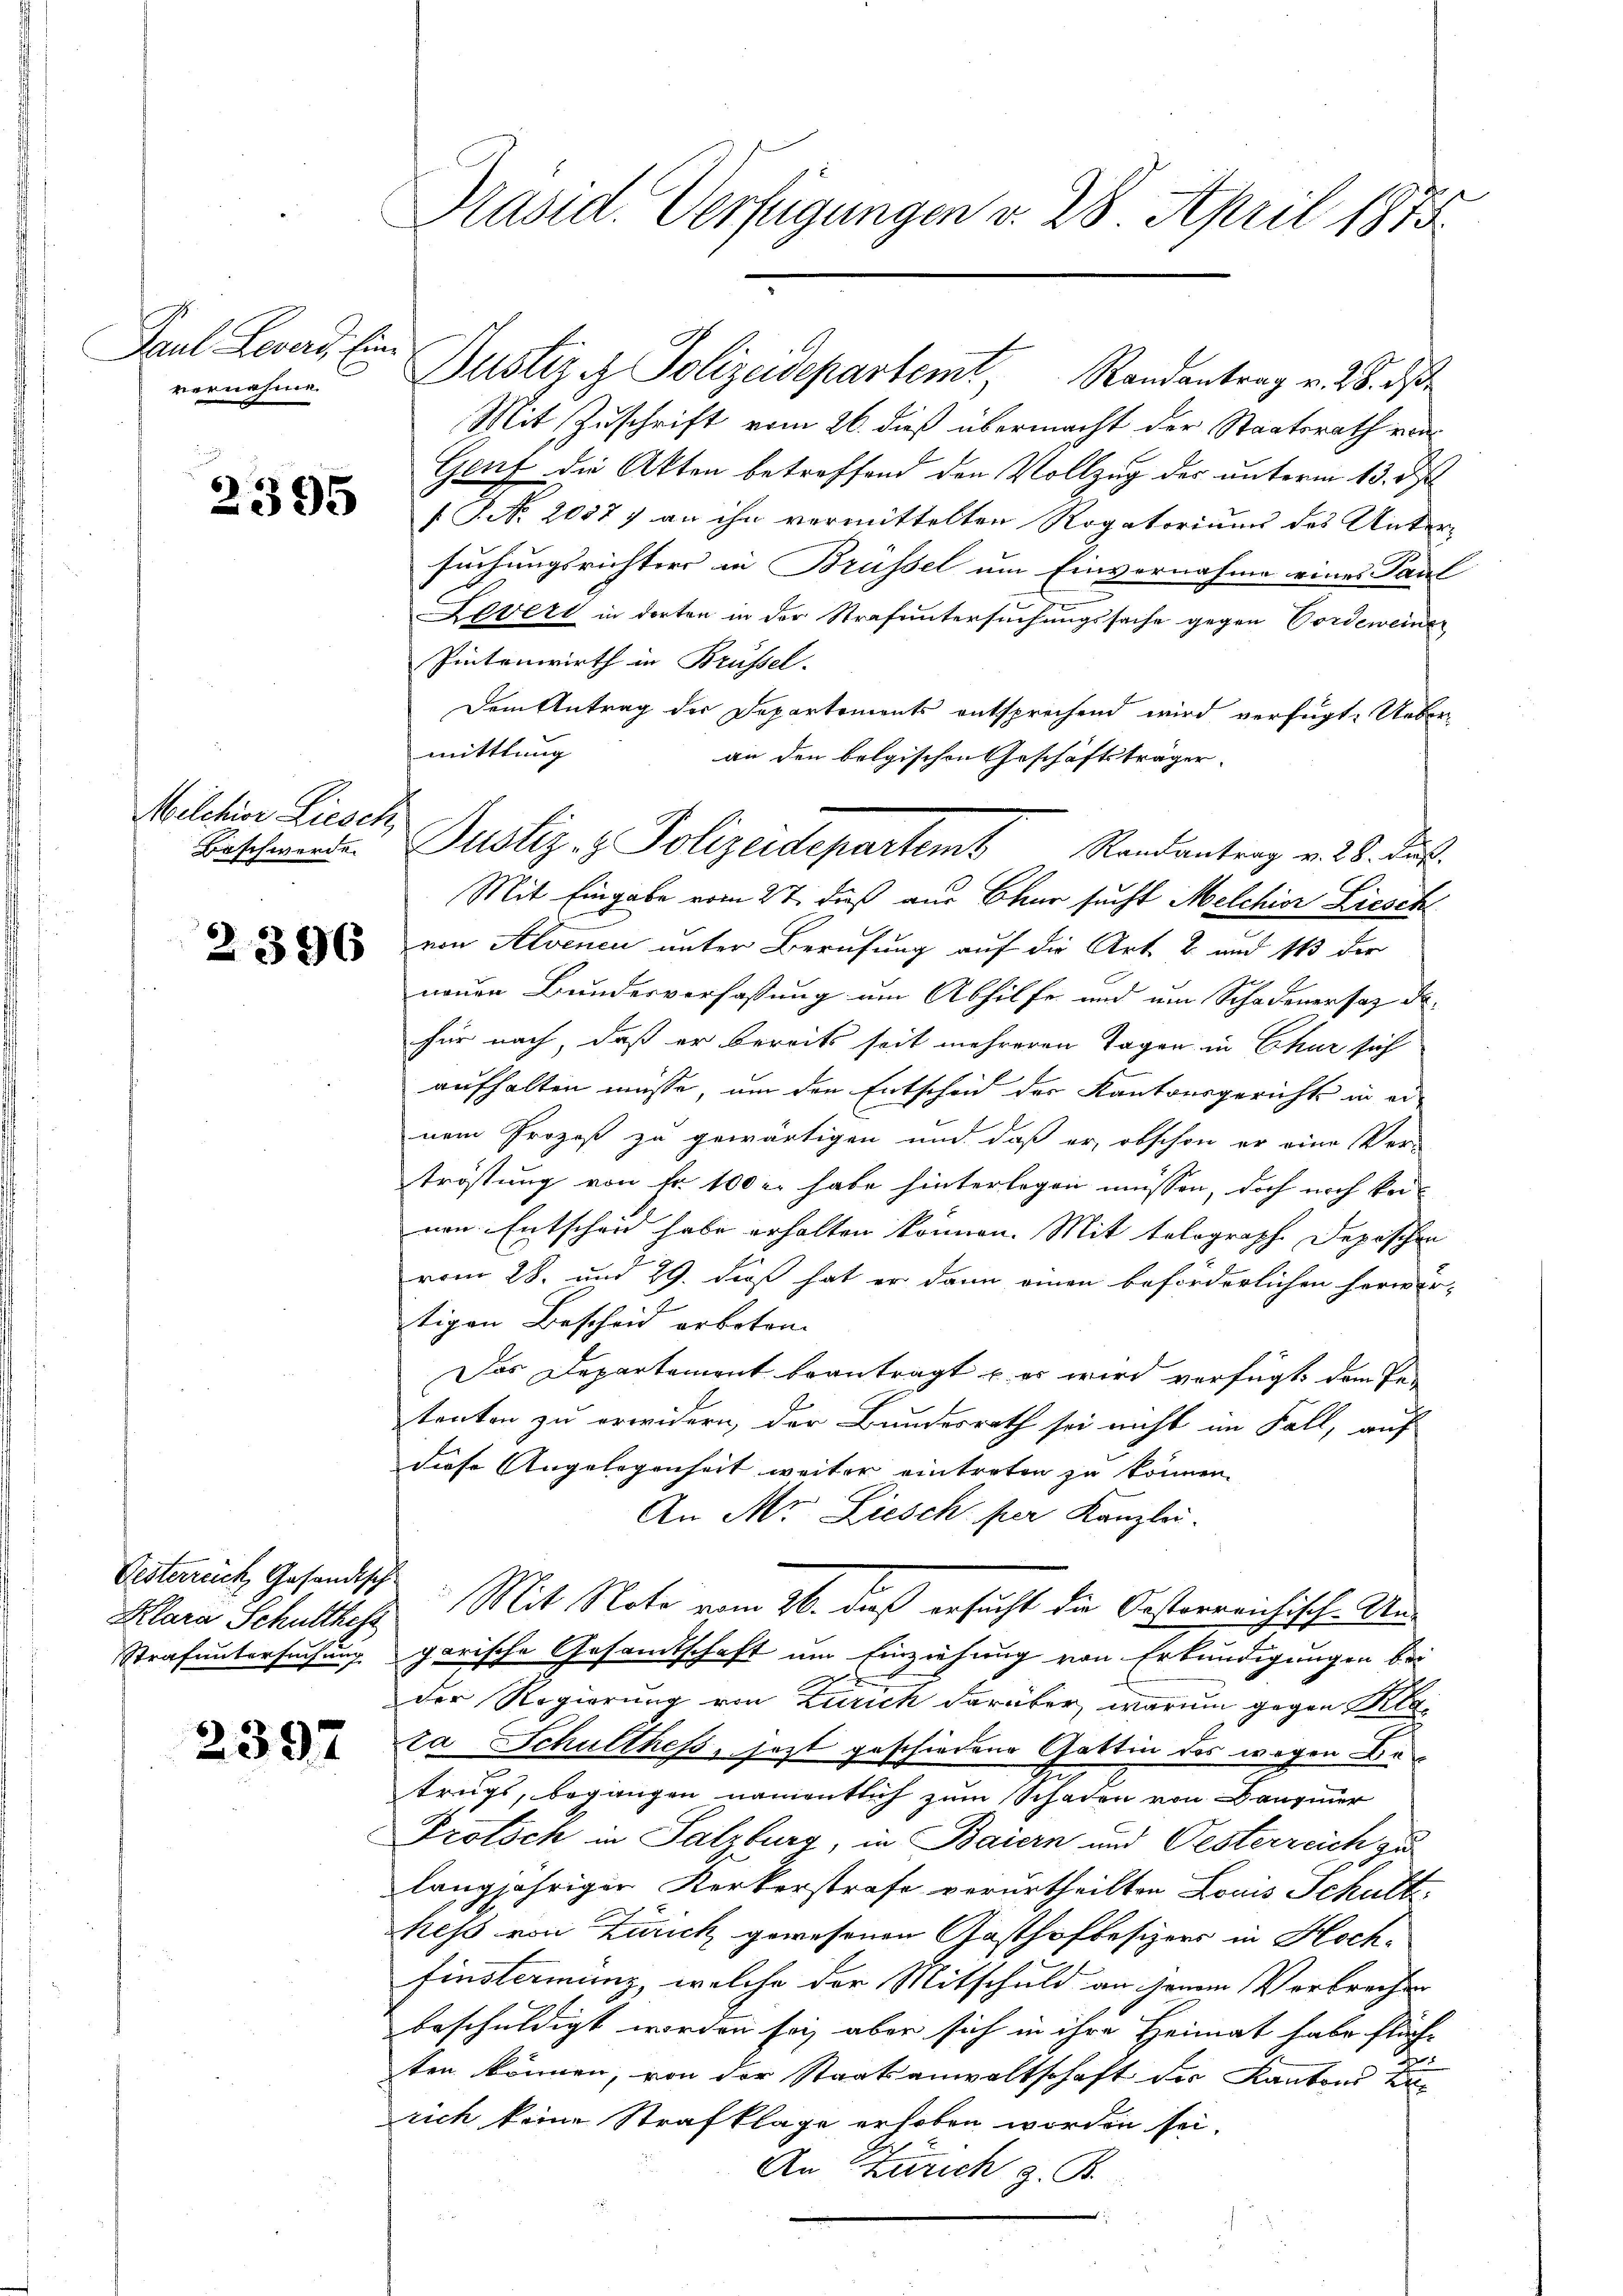
Paul Levers, Ein
vernahme.

2395

Wilchior Liesch,
Basch werde.

2396

Oesterreich Gesandtsch
Strafuntersuchung

2397

Präsid. Verfügungen v. 28 April 1873.

Justiz & Polizeidepartemt, Randantrag v. 28. ds
Mit Zuschrift vom 26. dieß übermacht der Staatsrath von
Genf die Akten betreffend den Vollzug des unterm 13. ds
/T. No. 20377 an ihn vermittelten Rogatoriums des Untersuchungsrichters in Brüssel um Einvernahme eines Paul
Leveri in dorten in der Strafuntersuchungssache gegen Vordeweiner
Pintenwirth in Brüssel-
Dem Antrag der Departements entsprechend wird verfügt: Ueber
mittlung |
an den belgischen Geschäftsträger
von Alvenen unter Berufung auf die Art. 2 und 113 der
neuen Bundesverfassung um Abhilfe und um Schadenersaz de
für nach, daß er bereits seit mehreren Tagen in Chur sich
aufhalten müsse, um den Entscheid des Kantonsgericht in er-
nem Prozeß zu gewärtigen und daß er, obschon er eine Ver-
tröstung von Fr. 100 l. habe hinterlegen müssen, doch noch keinen Entscheid habe erhalten können. Mit tolograph Jepischen
vom 28. und 29. dieß hat er dann einen beförderlichen herwer-
.
tigen Bescheid erbeten.
Das Departement beantragt u es wird verfügt dem Pe-
tanten zu erwidern, der Bundesrath sei nicht im Fall, auf
diese Angelegenheit weiter eintreten zu können.
An Mr. Liesch per Kanzlei.
Klara Schulthes Mit Note vom 26. dieß ersucht die Oesterreichisch-Uns
garische Gesandtschaft um Einziehung von Erkundigungen bei
der Regierung von Zürich darüber warum gegen
za Schulthess, jezt geschiedene Gattin des wegen Betrugs, begangen namentlich zum Schaden von Bangier
Protsch in Salzburg, in Baiern und Oesterreich zu
langjähriger Kerkerstrafe verurtheilten Louis Schult
heß von Zürich gewesenen Gasthofbesizers in Hochfinsterimung, welche der Mitschuld an jenem Verbrechen
beschuldigt worden sei, aber sich in ihre Heimat habe flüch-
ten können, von der Staatsanwaltschaft der Kantons K
rich keine Strafklage erhoben worden sei.
An Zürich z. B.
e

Justiz- & Polizeidepartem Randantrag von S. dies
Mit Eingabe vom 27. dieß aus Chur sucht Melchior Liesch